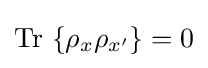
\mathrm {Tr} \,\left\{\rho _{x}\rho _{x^{\prime }}\right\}=0